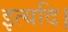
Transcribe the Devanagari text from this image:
इत्यदि।